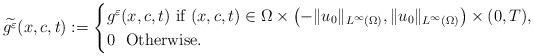
LaTeX: \begin{align*}\widetilde{g^{\varepsilon}}(x,c,t):=\begin{cases}g^{\varepsilon}(x,c,t)\,\,\mbox{if}\,\,(x,c,t)\in\Omega\times\left(-\|u_{0}\|_{L^{\infty}\left(\Omega\right)},\|u_{0}\|_{L^{\infty}\left(\Omega\right)}\right)\times(0,T),\\0\,\,\,\,\mbox{Otherwise}.\end{cases}\end{align*}